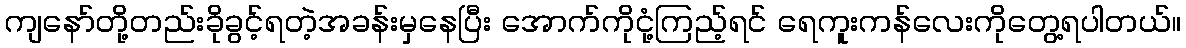
ကျနော်တို့တည်းခိုခွင့်ရတဲ့အခန်းမှနေပြီး အောက်ကိုငုံ့ကြည့်ရင် ရေကူးကန်လေးကိုတွေ့ရပါတယ်။